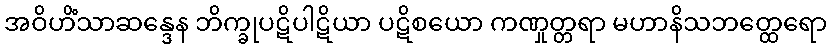
အဝိဟိံသာဆန္ဒေန ဘိက္ခုပဋိပါဋိယာ ပဋိစယော ကဏှုတ္တရာ မဟာနိသဘတ္ထေရော